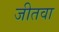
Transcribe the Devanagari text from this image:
जीतवा